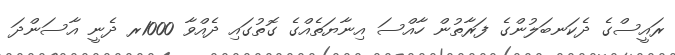
ރައީސްގެ ދެކަނބަލުންގެ ފަރާތުން ހާއްސަ އިނާޔަތެއްގެ ގޮތުގައި ދެއްވާ 1000ރ ދެނީ އާސަންދަ